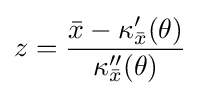
z={\frac {{\bar {x}}-\kappa _{\bar {x}}'(\theta )}{\kappa _{\bar {x}}''(\theta )}}